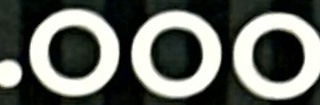
000